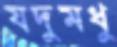
যদুমধু